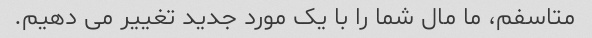
متاسفم، ما مال شما را با یک مورد جدید تغییر می دهیم.